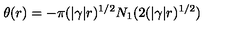
\theta ( r ) = - \pi ( | \gamma | r ) ^ { 1 / 2 } N _ { 1 } ( 2 ( | \gamma | r ) ^ { 1 / 2 } )